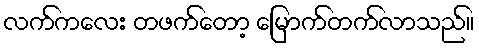
လက်ကလေး တဖက်တော့ မြောက်တက်လာသည်။